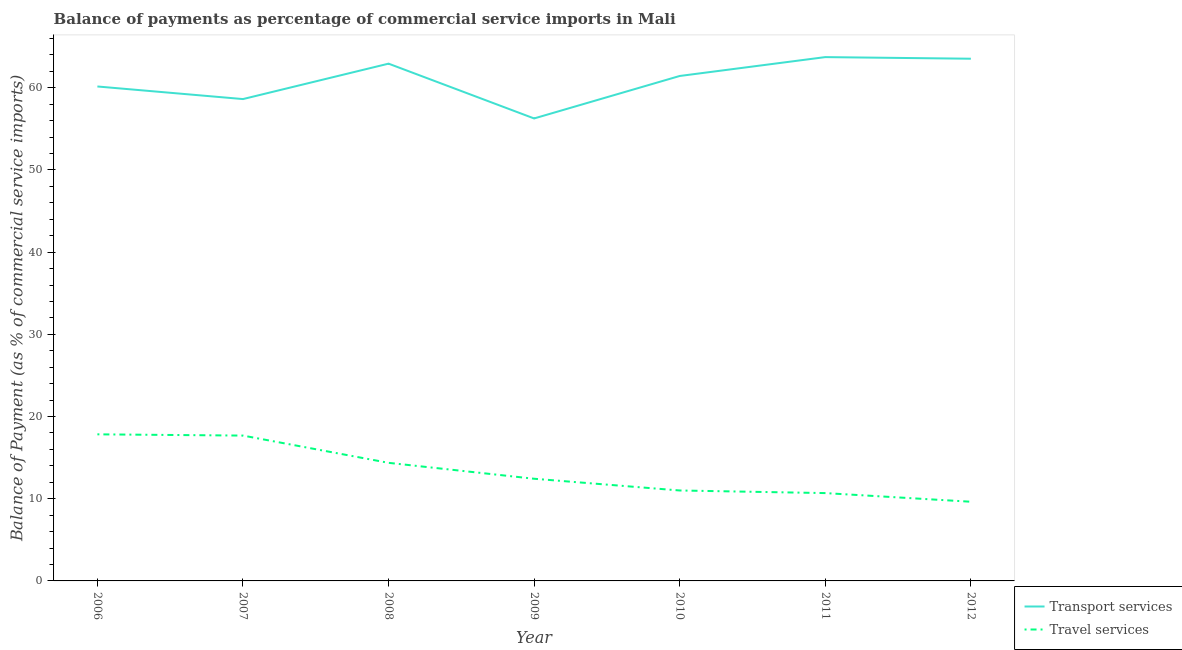
| Year | Transport services | Travel services |
 | --- | --- | --- |
 | 2006 | 60.2 | 17.8 |
 | 2007 | 58.6 | 17.7 |
 | 2008 | 62.9 | 14.4 |
 | 2009 | 56.3 | 12.4 |
 | 2010 | 61.4 | 11 |
 | 2011 | 63.7 | 10.7 |
 | 2012 | 63.5 | 9.63 |